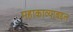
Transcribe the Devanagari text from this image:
महाकाव्याबद्दल